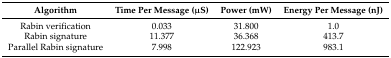
| Algorithm | Time Per Message (μS) | Power (mW) | Energy Per Message (nJ) |
 | --- | --- | --- | --- |
 | Rabin verification | 0.033 | 31.800 | 1.0 |
 | Rabin signature | 11.377 | 36.368 | 413.7 |
 | Parallel Rabin signature | 7.998 | 122.923 | 983.1 |